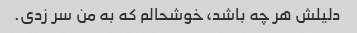
دلیلش هر چه باشد، خوشحالم که به من سر زدی.